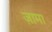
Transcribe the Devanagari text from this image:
ज़ामा